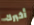
أخبرك